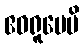
ဧဝရူပေပိ